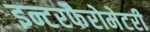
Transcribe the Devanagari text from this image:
इन्टरफैरोमेटरी